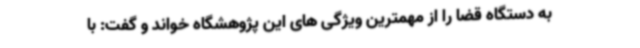
به دستگاه قضا را از مهمترین ویژگی های این پژوهشگاه خواند و گفت: با